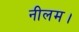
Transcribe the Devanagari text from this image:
नीलम।